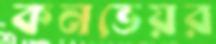
কনভেয়র